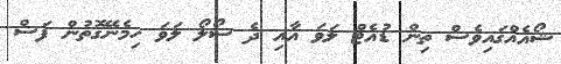
ޝޯއެއްގައިވެސް ތިން ޑުއެޓް ލަވަ އާއި ދެ ސޯލޯ ލަވަ ހިމެނޭގޮތުން ފަސް